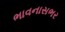
ભાવનાસભર